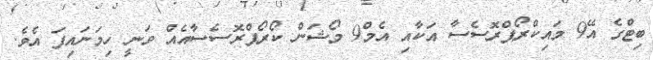
ބިޓްގެ އޭ9 މައިކްރޯޕްރޮސެސާ އަކާއި އެމް9 މޯޝަން ކޯރޯޕްރޮސެސާއެއް ވަނީ ހިމަނައިފަ އެވެ.